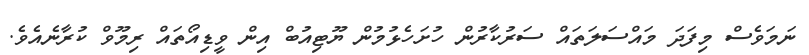
ނަމަވެސް މިފަދަ މައްސަލަތައް ސަރުކާރުން ހުށަހެޅުމުން ޔޫޓިއުބް އިން ވީޑިއޯތައް ރިމޫވް ކުރާނެއެވެ.